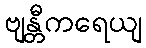
ဗျန္တီကရေယျ